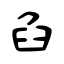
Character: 臽